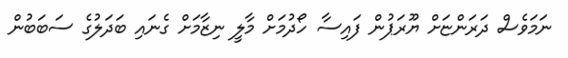
ނަމަވެސް ދަރަންޏަށް ޔޫރަޕުން ފައިސާ ހޯދުމަށް މާލީ ނިޒާމަށް ގެނައި ބަދަލުގެ ސަބަބުން